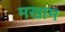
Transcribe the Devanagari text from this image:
मखाम